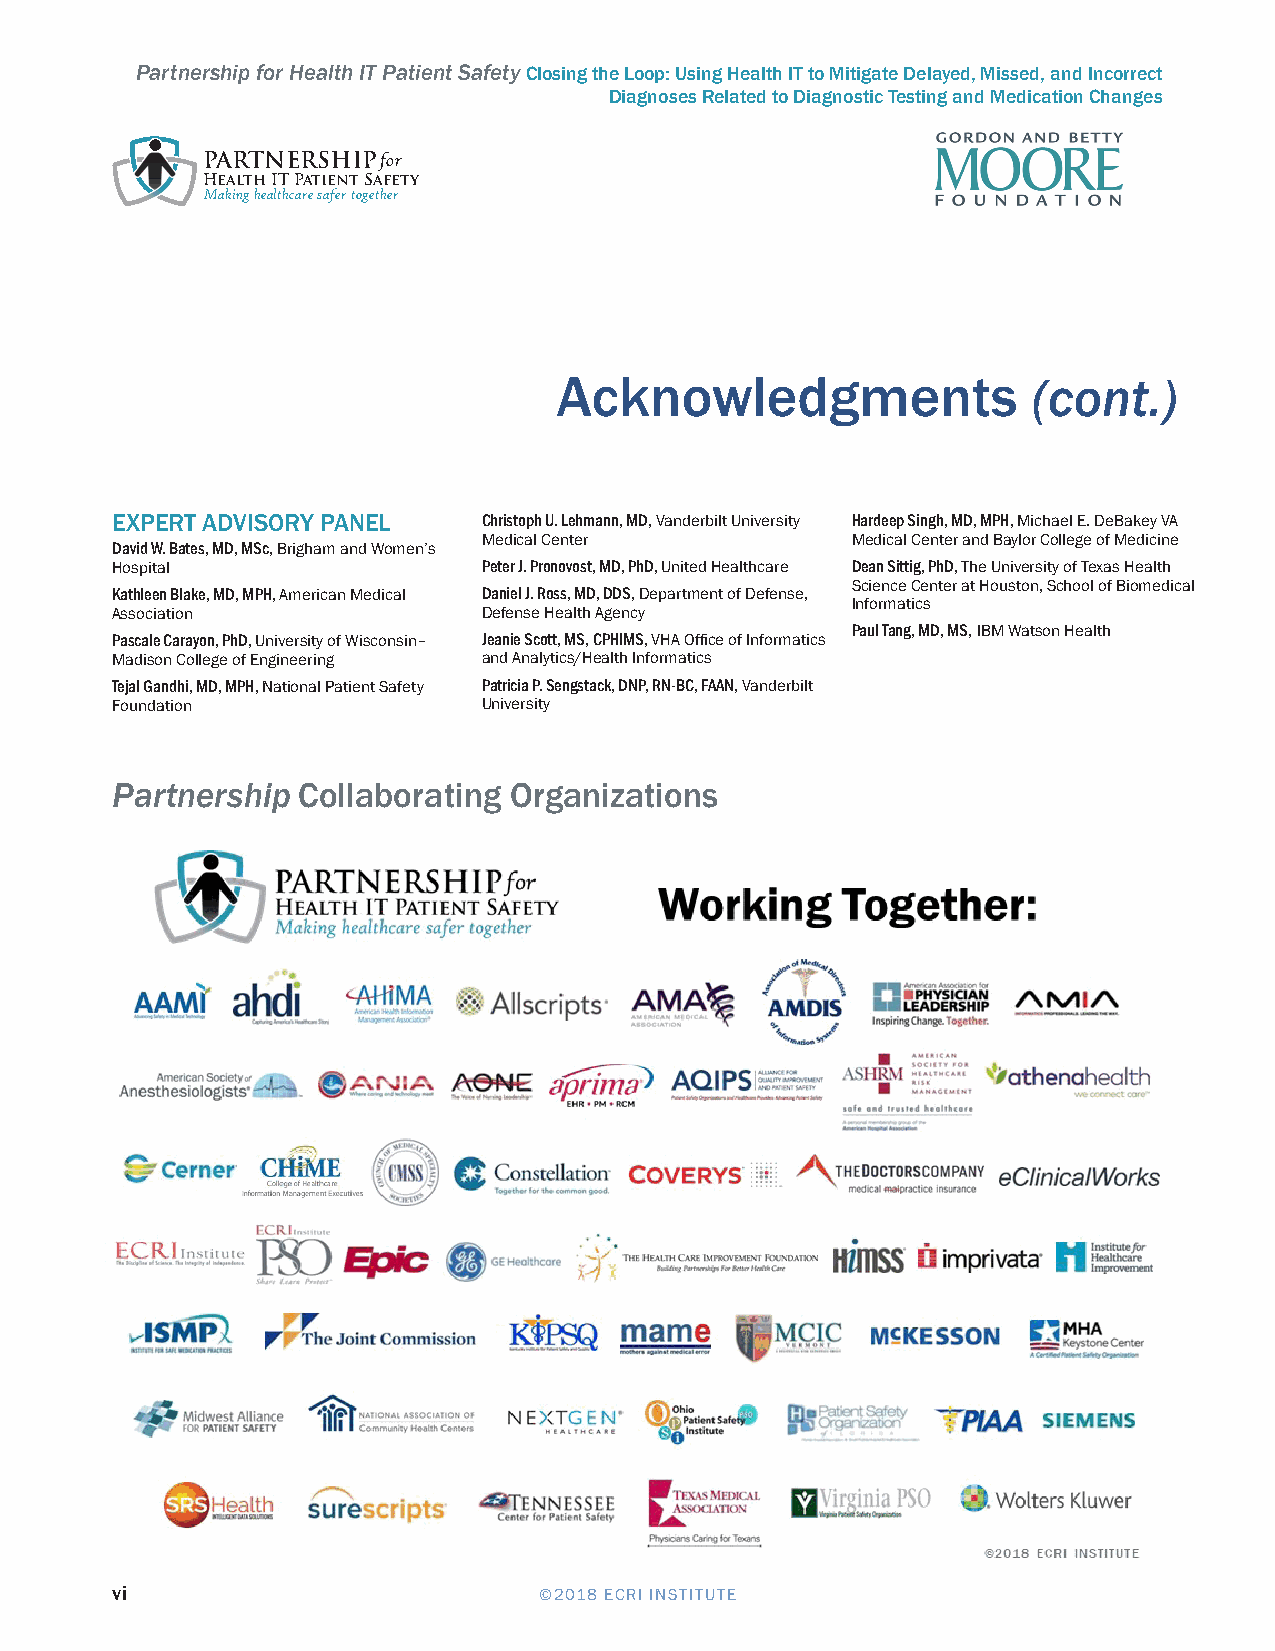
Partnership for Health IT Patient Safety Closing the Loop: Using Health IT to Mitigate Delayed, Missed, and Incorrect
 Diagnoses Related to Diagnostic Testing and Medication Changes
 PARTNERSHIPfor
 Health IT Patient Safety
 Making healthcare safer together
 Acknowledgments                (cont.)
 EXPERT ADVISORY PANEL    Christoph U. Lehmann, MD, Vanderbilt University Hardeep Singh, MD, MPH, Michael E. DeBakey VA
 Medical Center          Medical Center and Baylor College of Medicine
 David W. Bates, MD, MSc, Brigham and Women’s
 Hospital                 Peter J. Pronovost, MD, PhD, United Healthcare Dean Sittig, PhD, The University of Texas Health
 Science Center at Houston, School of Biomedical
 Kathleen Blake, MD, MPH, American Medical Daniel J. Ross, MD, DDS, Department of Defense,
 Informatics
 Association              Defense Health Agency
 Paul Tang, MD, MS, IBM Watson Health
 Pascale Carayon, PhD, University of Wisconsin– Jeanie Scott, MS, CPHIMS, VHA Office of Informatics
 Madison College of Engineering and Analytics/Health Informatics
 Tejal Gandhi, MD, MPH, National Patient Safety Patricia P. Sengstack, DNP, RN-BC, FAAN, Vanderbilt
 Foundation               University
 Partnership  Collaborating Organizations
 vi                           ©2018 ECRI INSTITUTE